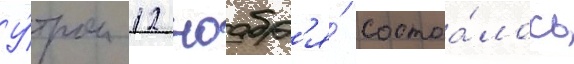
У́тром 12 ноабр'я́ состоа́лось